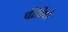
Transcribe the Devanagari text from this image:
चीटियो